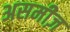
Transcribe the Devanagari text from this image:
असमीज़